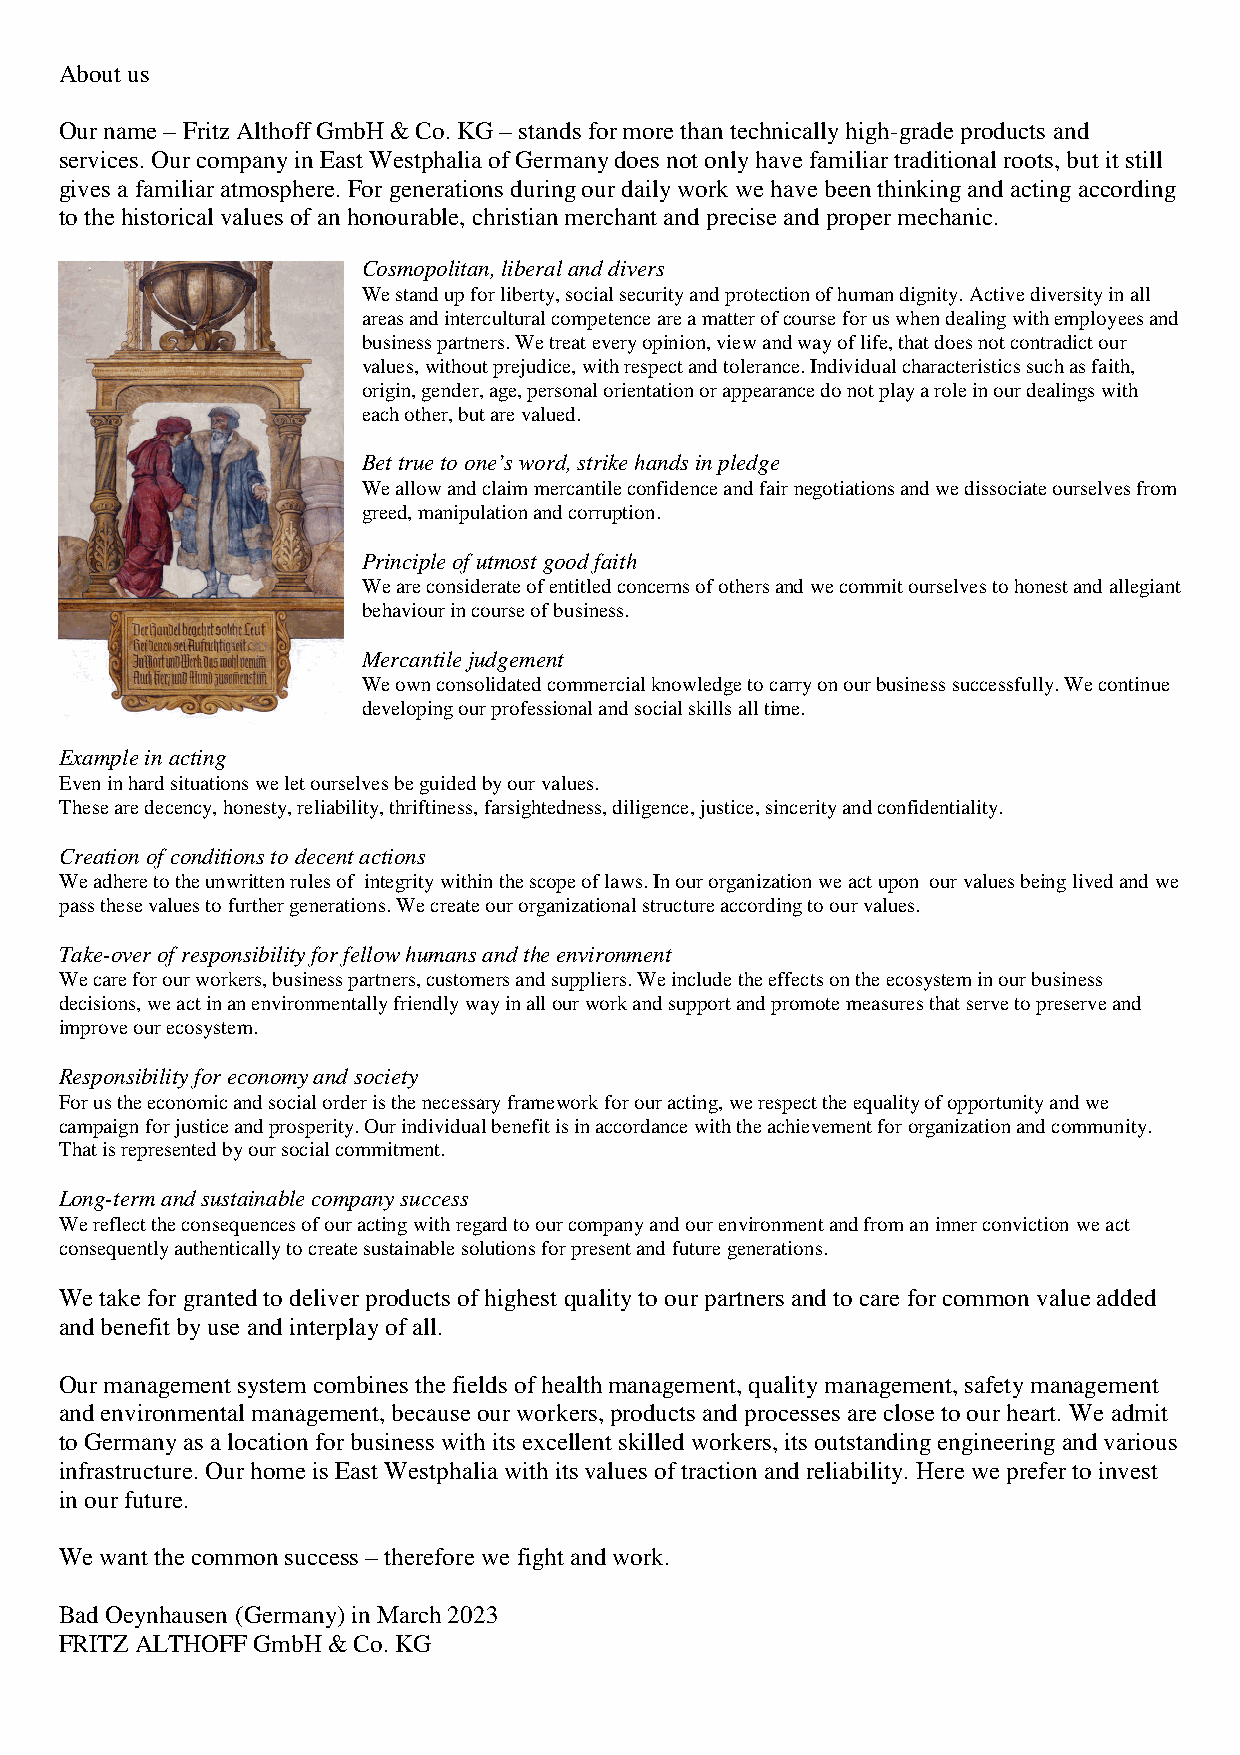
About us
 Our name – Fritz Althoff GmbH & Co. KG – stands for more than technically high-grade products and
 services. Our company in East Westphalia of Germany does not only have familiar traditional roots, but it still
 gives a familiar atmosphere. For generations during our daily work we have been thinking and acting according
 to the historical values of an honourable, christian merchant and precise and proper mechanic.
 Cosmopolitan, liberal and divers
 We stand up for liberty, social security and protection of human dignity. Active diversity in all
 areas and intercultural competence are a matter of course for us when dealing with employees and
 business partners. We treat every opinion, view and way of life, that does not contradict our
 values, without prejudice, with respect and tolerance. Individual characteristics such as faith,
 origin, gender, age, personal orientation or appearance do not play a role in our dealings with
 each other, but are valued.
 Bet true to one’s word, strike hands in pledge
 We allow and claim mercantile confidence and fair negotiations and we dissociate ourselves from
 greed, manipulation and corruption.
 Principle of utmost good faith
 We are considerate of entitled concerns of others and we commit ourselves to honest and allegiant
 behaviour in course of business.
 Mercantile judgement
 We own consolidated commercial knowledge to carry on our business successfully. We continue
 developing our professional and social skills all time.
 Example in acting
 Even in hard situations we let ourselves be guided by our values.
 These are decency, honesty, reliability, thriftiness, farsightedness, diligence, justice, sincerity and confidentiality.
 Creation of conditions to decent actions
 We adhere to the unwritten rules of integrity within the scope of laws. In our organization we act upon our values being lived and we
 pass these values to further generations. We create our organizational structure according to our values.
 Take-over of responsibility for fellow humans and the environment
 We care for our workers, business partners, customers and suppliers. We include the effects on the ecosystem in our business
 decisions, we act in an environmentally friendly way in all our work and support and promote measures that serve to preserve and
 improve our ecosystem.
 Responsibility for economy and society
 For us the economic and social order is the necessary framework for our acting, we respect the equality of opportunity and we
 campaign for justice and prosperity. Our individual benefit is in accordance with the achievement for organization and community.
 That is represented by our social commitment.
 Long-term and sustainable company success
 We reflect the consequences of our acting with regard to our company and our environment and from an inner conviction we act
 consequently authentically to create sustainable solutions for present and future generations.
 We take for granted to deliver products of highest quality to our partners and to care for common value added
 and benefit by use and interplay of all.
 Our management system combines the fields of health management, quality management, safety management
 and environmental management, because our workers, products and processes are close to our heart. We admit
 to Germany as a location for business with its excellent skilled workers, its outstanding engineering and various
 infrastructure. Our home is East Westphalia with its values of traction and reliability. Here we prefer to invest
 in our future.
 We want the common success – therefore we fight and work.
 Bad Oeynhausen (Germany) in March 2023
 FRITZ ALTHOFF GmbH & Co. KG